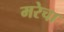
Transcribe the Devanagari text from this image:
मरेचा